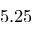
5 . 2 5